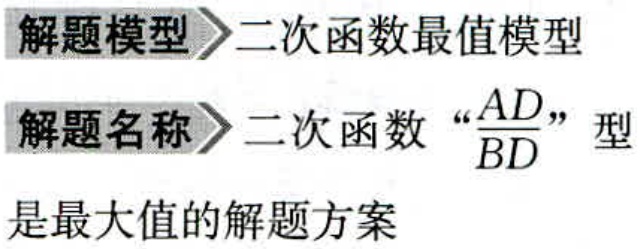
\begin{center}
解题模型$\rhd$二次函数最值模型\\
解题名称$\rhd$二次函数“$\frac{AD}{BD}$”型\\
是最大值的解题方案
\end{center}